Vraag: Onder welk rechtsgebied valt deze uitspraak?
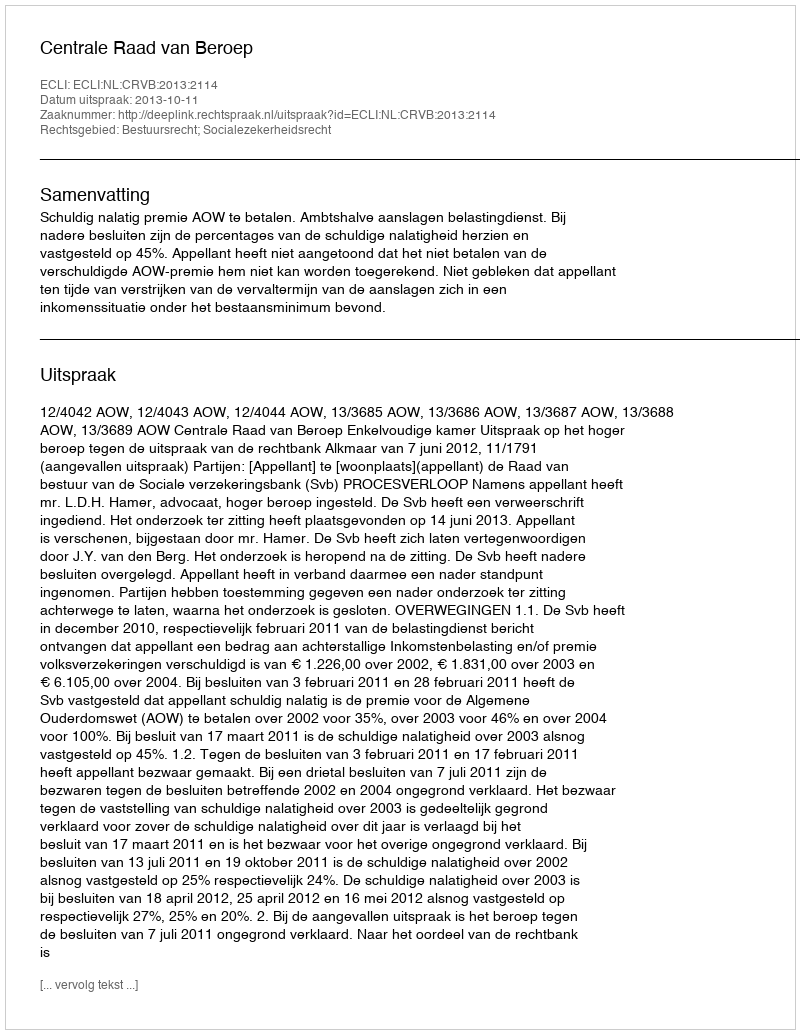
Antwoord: Bestuursrecht; Socialezekerheidsrecht